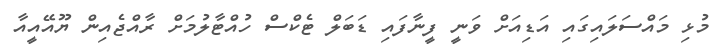
މުޅި މައްސަލައިގައި އަޑިއަށް ވަނީ ފީނާފައި ޑަބަލް ޓެކްސް ހުއްޓާލުމަށް ރާއްޖެއިން ޔޫއޭއީއާ